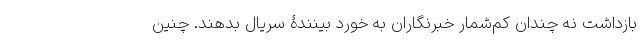
بازداشت نه چندان کم‌شمار خبرنگاران به خورد بینندۀ سریال بدهند. چنین